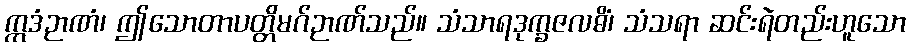
ဣဒံဉာဏံ၊ ဤသောတာပတ္တိမဂ်ဉာဏ်သည်။ သံသာရဒုက္ခဇလဓိံ၊ သံသရာ ဆင်းရဲတည်းဟူသော